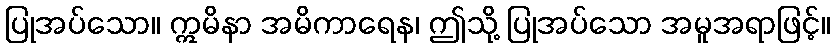
ပြုအပ်သော။ ဣမိနာ အမိကာရေန၊ ဤသို့ ပြုအပ်သော အမူအရာဖြင့်။